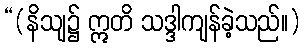
“(နိသျ၌ ဣတိ သဒ္ဒါကျန်ခဲ့သည်။)